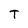
Character: T